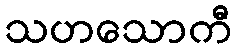
သဟသောကီ